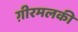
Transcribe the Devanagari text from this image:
ग़ीरमलकी